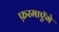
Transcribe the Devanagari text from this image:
फ़रमाएॅगे